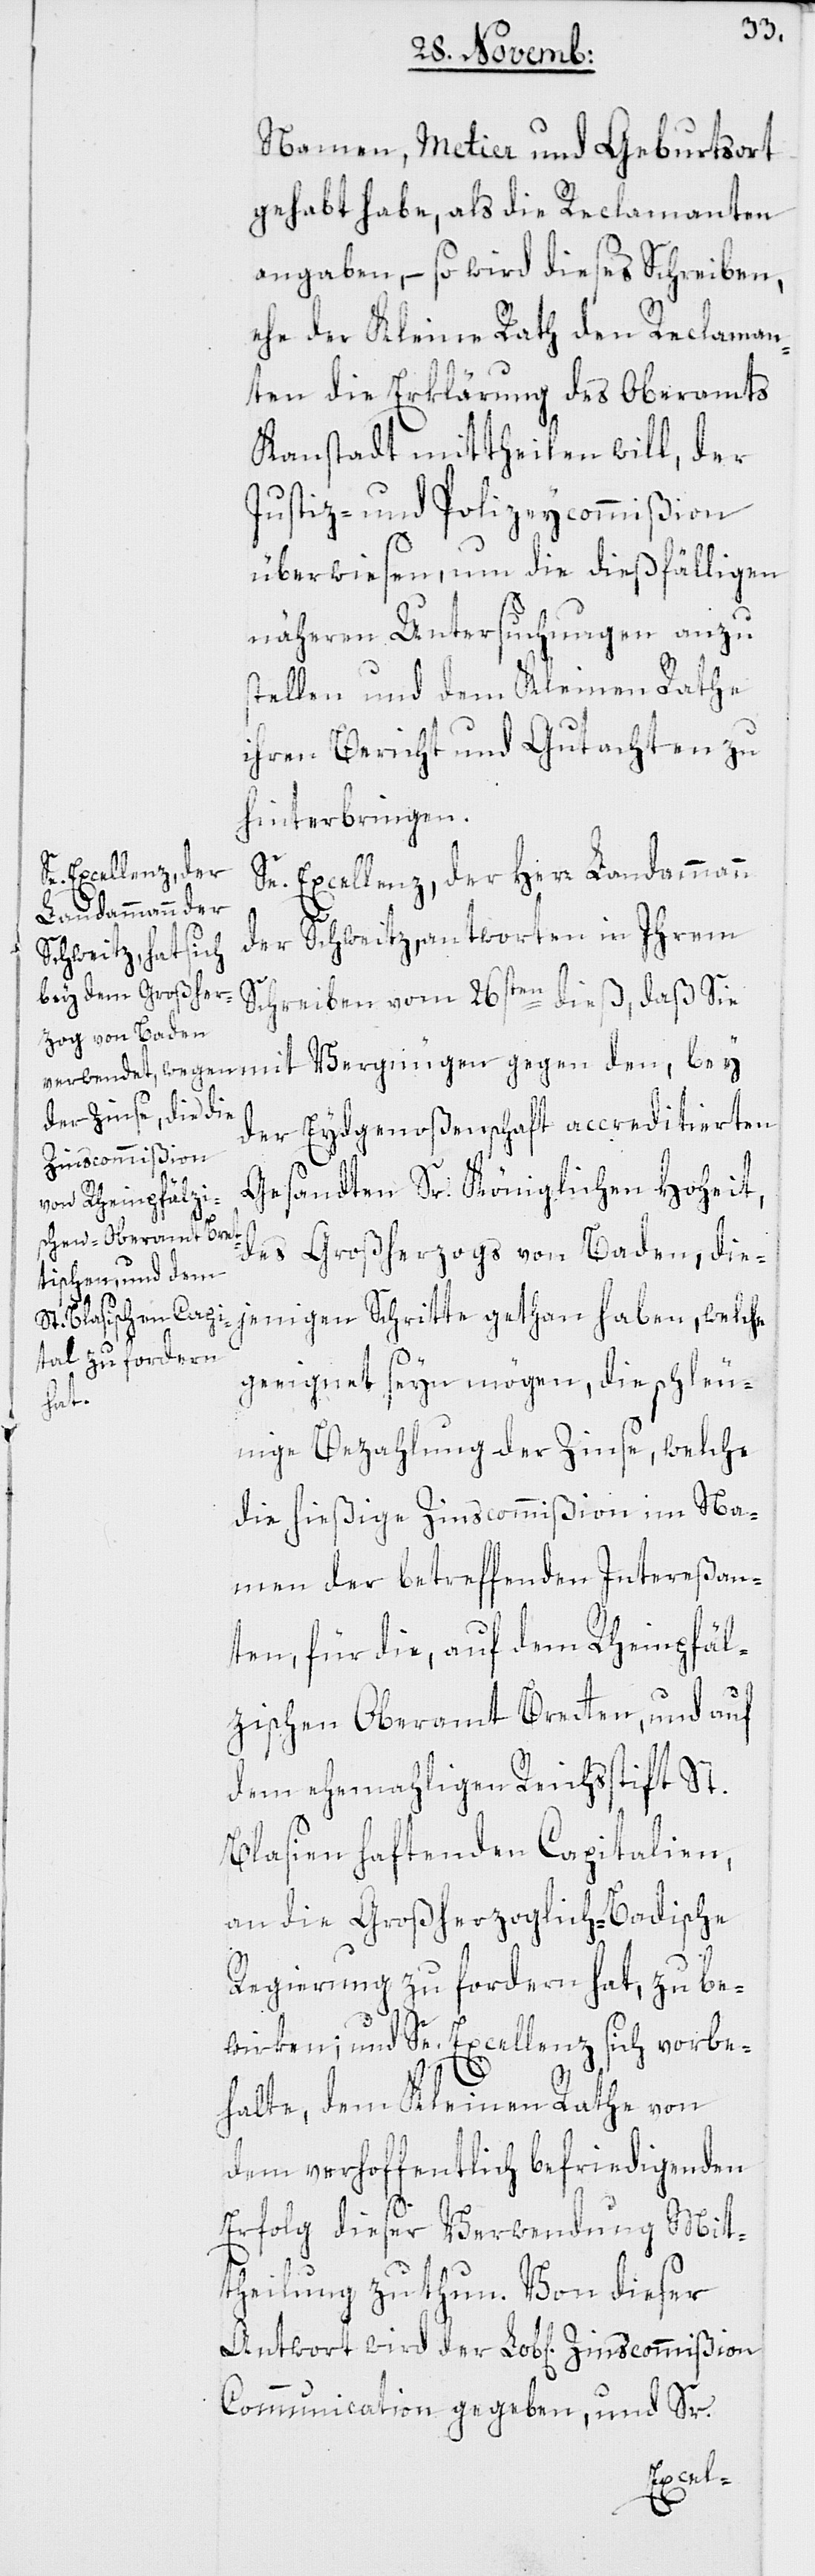
Namen, Metier und Geburtsort
gehabt habe, als die Reclamanten
angaben, – so wird dieses Schreiben,
ehe der Kleine Rath den Reclaman¬
ten die Erklärung des Oberamts
Kanstadt mittheilen will, der
Justiz- und Polizeycommißion
überwiesen, um die dießfälligen
näheren Untersuchungen anzu¬
stellen und dem Kleinen Rathe
ihren Bericht und Gutachten zu
hinterbringen.
Se. Excellenz, der Herr Landammann
der Schweitz, antworten in Ihrem
Schreiben vom 26sten dieß, daß sie
der Eydgenoßenschaft accreditierten
Zinscommißion
Gesandten Sr. Königlichen Hoheit,
des Großherzogs von Baden, die¬
jenigen Schritte gethan haben, welche
geeignet seyn mögen, die schleu¬
gegen
nige Bezahlung der Zinse, welche
die hießige Zinscommißion im Na¬
men der betreffenden Intereßan¬
ten, für die, auf dem Rheinpfäl¬
zischen Oberamt Bretten, und auf
dem ehemahligen Reichsstift St.
Blasien haftenden Capitalien,
an die Großherzoglich-Badische
Regierung zu fordern hat, zu be¬
wirken; und Se. Excellenz sich vorbe¬
halte, dem Kleinen Rathe von
dem verhoffentlich befriedigenden
Erfolg dießer Verwendung Mit¬
theilung zu thun. Von dieser
Communication gegeben, und Sr.